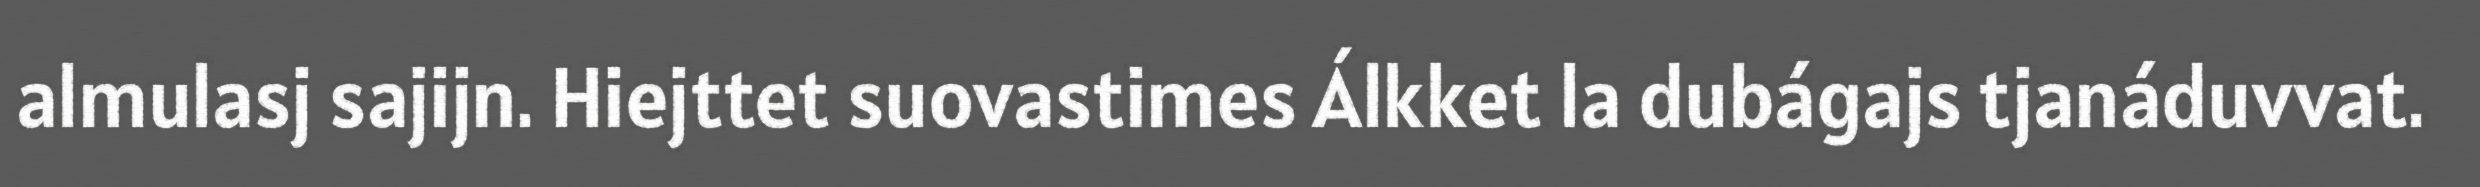
almulasj sajijn. Hiejttet suovastimes Álkket la dubágajs tjanáduvvat.